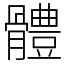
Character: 體